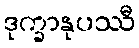
ဒုက္ခာနုပဿီ